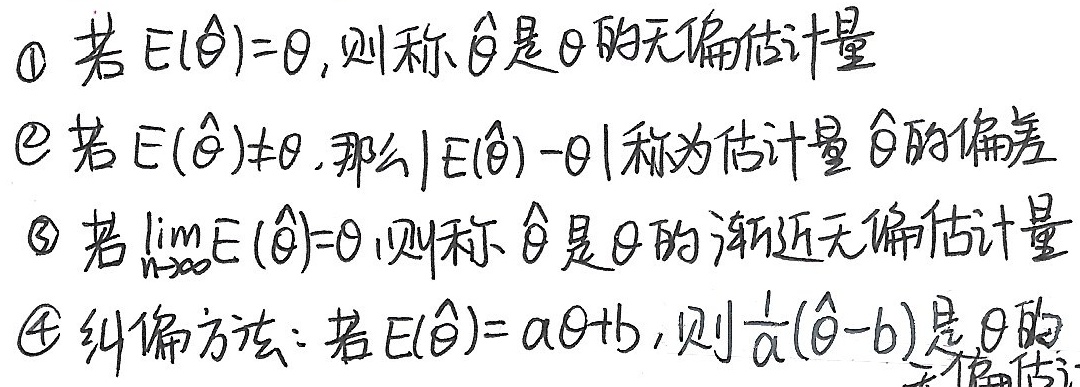
\textcircled{1} 若 \(E(\hat{\theta})=\theta\), 则称 \(\hat{\theta}\) 是 \(\theta\) 的无偏估计量
\textcircled{2} 若 \(E(\hat{\theta})\neq\theta\), 那么 \(|E(\hat{\theta})-\theta|\) 称为估计量 \(\hat{\theta}\) 的偏差
\textcircled{3} 若 \(\lim\limits_{n \to \infty}E(\hat{\theta})=\theta\), 则称 \(\hat{\theta}\) 是 \(\theta\) 的渐近无偏估计量
\textcircled{4} 纠偏方法：若 \(E(\hat{\theta}) = a\theta + b\), 则 \(\frac{1}{a}(\hat{\theta}-b)\) 是 \(\theta\) 的